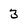
Character: 3